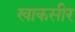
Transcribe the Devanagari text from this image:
खाकसीर